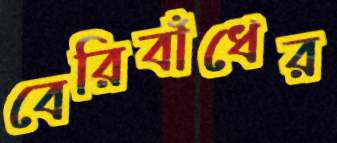
বেরিবাঁধের